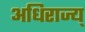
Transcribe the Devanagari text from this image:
अधिराज्य्